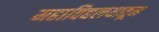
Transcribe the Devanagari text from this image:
महाविद्यलयातून